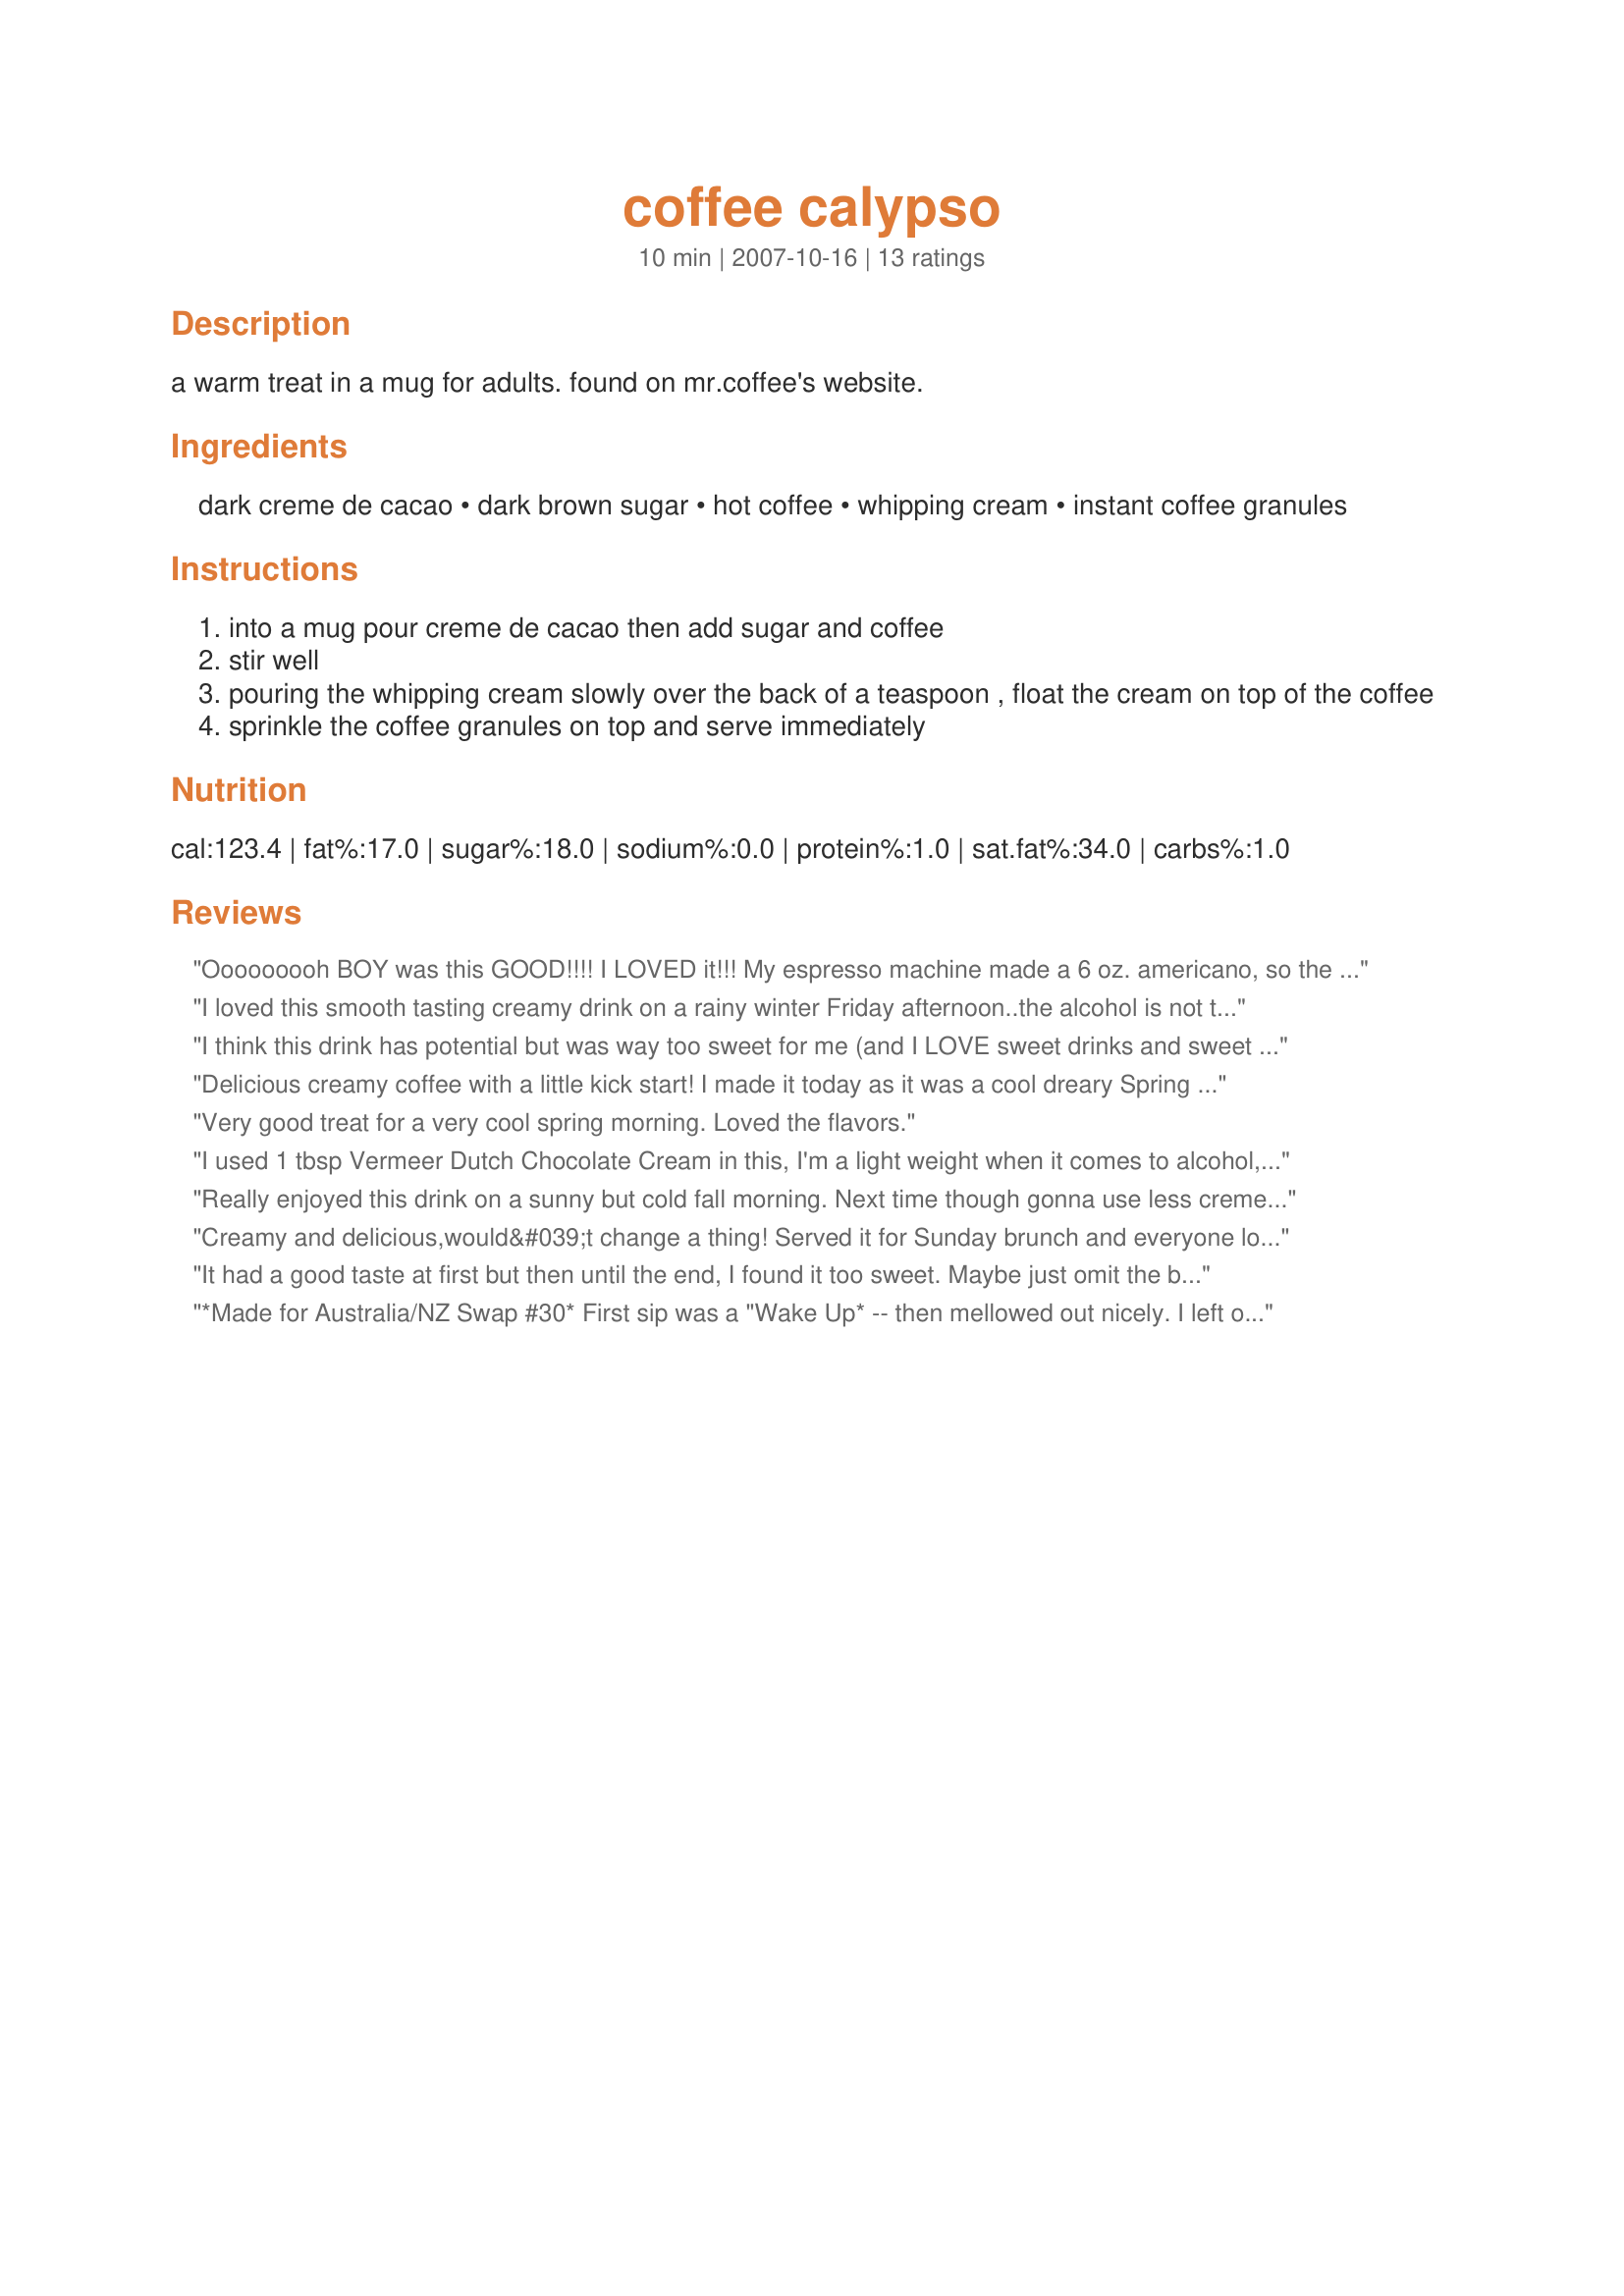
coffee calypso
Preparation time: 10 minutes

a warm treat in a mug for adults. found on mr.coffee's website.

Ingredients:
dark creme de cacao, dark brown sugar, hot coffee, whipping cream, instant coffee granules

Steps:
into a mug pour creme de cacao then add sugar and coffee
stir well
pouring the whipping cream slowly over the back of a teaspoon , float the cream on top of the coffee
sprinkle the coffee granules on top and serve immediately

Reviews:
Ooooooooh BOY was this GOOD!!!! I LOVED it!!! My espresso machine made a 6 oz. americano, so the amounts were perfect for me!! :) What a sinfully delicious morning treat on a rainy day! :) Thank you so much!!! Made for the ZWT5! :) (Oh, and I didn't have any instant coffee, but no mattter! I don't think I could've handled any more caffeine anyways! LOL!) :)
I loved this smooth tasting creamy drink on a rainy winter Friday afternoon..the alcohol is not too strong which is nice..this goes down really nicely. Thanks for posting!
I think this drink has potential but was way too sweet for me (and I LOVE sweet drinks and sweet coffee). I think maybe a full cup of coffee with the rest of the ingredients left the same would be better and I will try it again that way. Thanks!
Delicious creamy coffee with a little kick start! I made it today as it was a cool dreary Spring day. Perfect pick me up. i didn't have a cream so I improvised with whipped cream I had bought to go with some strawberries. I also added another half teaspoon of brown sugar. Made for Veg 'N Swap tag. :D
Very good treat for a very cool spring morning. Loved the flavors.
I used 1 tbsp Vermeer Dutch Chocolate Cream in this, I'm a light weight when it comes to alcohol, and a 1/2 tsp of Splenda Brown Sugar. I can't float a layer to save my life but I did my best. I think that I could have done without the extra instant coffee on top as that taste really spoke up and I have good quality instant (maybe that was the problem?). I think that a very light dusting (1/8 tsp, no more)of espresso powder would be a better choice. Over all I did enjoy it.
Really enjoyed this drink on a sunny but cold fall morning. Next time though gonna use less creme de cacao as I am truely a light weight when it comes to alchol, and this almost knocked me out. Second cuppa made with a full cup of coffee, much more mellow for us lightwieghts. Thank you for a lovely cuppa recipe...adding it to my cookbook for company too. Remember, save a life it could be your own, if you drink don't drive.
Creamy and delicious,would&#039;t change a thing! Served it for Sunday brunch and everyone loved it! Thanks for posting! Made for PAC Spring,2013
It had a good taste at first but then until the end, I found it too sweet. Maybe just omit the brown sugar would be better. Thanks Lauralie. Made for Holiday tag.
*Made for Australia/NZ Swap #30*
First sip was a "Wake Up* -- then mellowed out nicely. I left out the brown sugar, as suggested by Boomette - and it was still sweet enough. Would be a nice warm-up on a cold snowy morning. Thanks for posting, Lauralie.
Yum. Such a nice drink for a cool fall day. Thanks for sharing, Lori. Congrats on your football win!
I thought this was really good - I love the sweetness and the chocolate, not to mention the whipping cream. Just very good overall and I will make again!
So very delicious. Just perfect for the chilly air that is coming our way. This lovely recipe, was quick and easy to make with excellent results. So much depth. I can&#039;t wait to have this again. Made for Holiday Hits - Beverage 2015.
